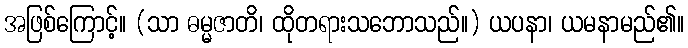
အဖြစ်ကြောင့်။ (သာ ဓမ္မဇာတိ၊ ထိုတရားသဘောသည်။) ယပနာ၊ ယမနာမည်၏။